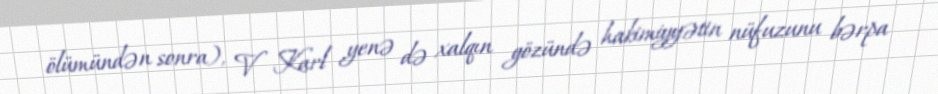
ölümündən sonra), V Karl yenə də xalqın gözündə hakimiyyətin nüfuzunu bərpa